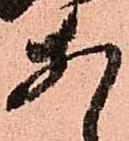
あ